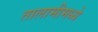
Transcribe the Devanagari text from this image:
तालामीमध्ये